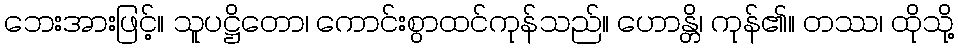
ဘေးအားဖြင့်။ သူပဋ္ဌိတော၊ ကောင်းစွာထင်ကုန်သည်။ ဟောန္တိ၊ ကုန်၏။ တဿ၊ ထိုသို့